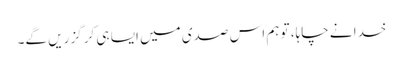
خدا نے چاہا، تو ہم اس صدی میں ایسا ہی کر گزریں گے۔